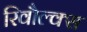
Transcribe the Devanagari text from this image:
रिवौल्क्स